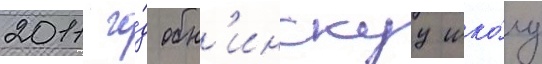
2011 го́д обн'инскуу шко́лу